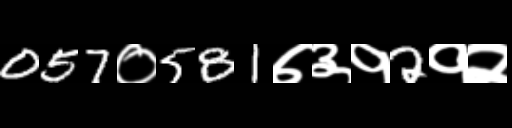
Text: 057०581७३१2१२